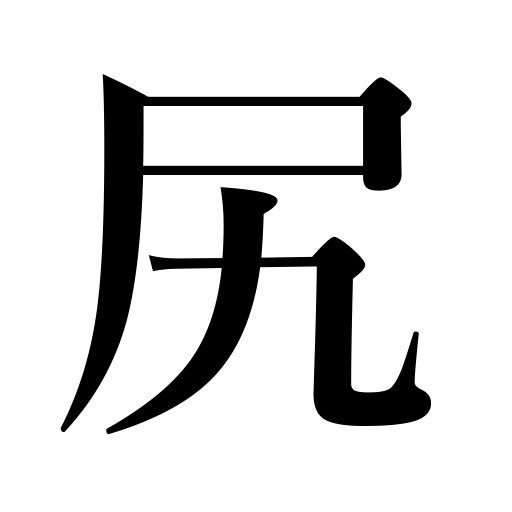
Meanings: hips,rear or back of a person,bottomof a kettle,buttocks,tag end,tail end